Report on vaccination in the Province of Bengal - 1869-1873
Year: 1869
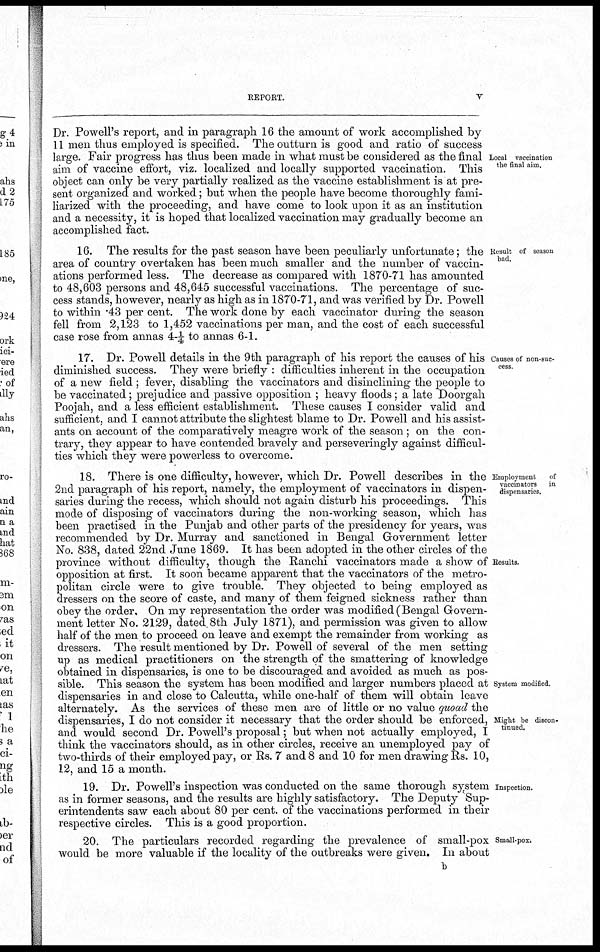
REPORT.
v
Local vaccination
the final aim.
Dr. Powell's report, and in paragraph 16 the amount of work accomplished by
11 men thus employed is specified. The outturn is good and ratio of success
large. Fair progress has thus been made in what must be considered as the final
aim of vaccine effort, viz. localized and locally supported vaccination. This
object can only be very partially realized as the vaccine establishment is at pre-
sent organized and worked; but when the people have become thoroughly fami-
liarized with the proceeding, and have come to look upon it as an institution
and a necessity, it is hoped that localized vaccination may gradually become an
accomplished fact.
Result of season
bad.
16. The results for the past season have been peculiarly unfortunate; the
area of country overtaken has been much smaller and the number of vaccin-
ations performed less. The decrease as compared with 1870-71 has amounted
to 48,603 persons and 48,645 successful vaccinations. The percentage of suc-
cess stands, however, nearly as high as in 1870-71, and was verified by Dr. Powell
to within .43 per cent. The work done by each vaccinator during the season
fell from 2,123 to 1,452 vaccinations per man, and the cost of each successful
case rose from annas 4-¼ to annas 6-1.
Causes of non-suc-
cess.
17. Dr. Powell details in the 9 th paragraph of his report the causes of his
diminished success. They were briefly : difficulties inherent in the occupation
of a new field ; fever, disabling the vaccinators and disinclining the people to
be vaccinated; prejudice and passive opposition ; heavy floods; a late Doorgah
Poojah, and a less efficient establishment. These causes I consider valid and
sufficient, and I cannot attribute the slightest blame to Dr. Powell and his assist-
ants on account of the comparatively meagre work of the season; on the con-
trary, they appear to have contended bravely and perseveringly against difficul-
ties which they were powerless to overcome.
Employment
of
vaccinators in
dispensaries.
Results.
System modified.
Might be discon-
tinued.
18. There is one difficulty, however, which Dr. Powell describes in the
2nd paragraph of his report, namely, the employment of vaccinators in dispen-
saries during the recess, which should not again disturb his proceedings. This
mode of disposing of vaccinators during the non-working season, which has
been practised in the Punjab and other parts of the presidency for years, was
recommended by Dr. Murray and sanctioned in Bengal Government letter
No. 838, dated 22nd June 1869. It has been adopted in the other circles of the
province without difficulty, though the Ranchi vaccinators made a show of
opposition at first. It soon became apparent that the vaccinators of the metro-
politan circle were to give trouble. They objected to being employed as
dressers on the score of caste, and many of them feigned sickness rather than
obey the order. On my representation the order was modified (Bengal Govern-
ment letter No. 2129, dated. 8th July 1871), and permission was given to allow
half of the men to proceed on leave and exempt the remainder from working as
dressers. The result mentioned by Dr. Powell of several of the men setting
up as medical practitioners on the strength of the smattering of knowledge
obtained in dispensaries, is one to be discouraged and avoided as much as pos-
sible. This season the system has been modified and larger numbers placed at
dispensaries in and close to Calcutta, while one-half of them will obtain leave
alternately. As the services of these men are of little or no value quoad the
dispensaries, I do not consider it necessary that the order should be enforced,
and would second Dr. Powell's proposal; but when not actually employed, I
think the vaccinators should, as in other circles, receive an unemployed pay of
two-thirds of their employed pay, or Rs. 7 and 8 and 10 for men drawing Rs. 10,
12, and 15 a month.
Inspection.
19. Dr. Powell's inspection was conducted on the same thorough system
as in former seasons, and the results are highly satisfactory. The Deputy Sup-
erintendents saw each about 80 per cent. of the vaccinations performed in their
respective circles. This is a good proportion.
Small-pox.
20. The particulars recorded regarding the prevalence of small-pox
would be more valuable if the locality of the outbreaks were given. In about
b